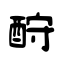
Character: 酧